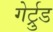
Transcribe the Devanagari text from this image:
गेर्ट्रुड